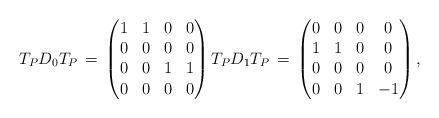
LaTeX: \begin{align*} T_{P} D_{0} T_{P} \, = \, \begin{pmatrix} 1 & 1 & 0 & 0 \\ 0 & 0 & 0 & 0\\ 0 & 0 & 1 & 1 \\ 0 & 0 & 0 & 0 \end{pmatrix} T_{P} D_{1} T_{P} \, = \, \begin{pmatrix} 0 & 0 & 0 & 0 \\ 1 & 1 & 0 & 0 \\ 0 & 0 & 0 & 0 \\ 0 & 0 & 1 & -1 \end{pmatrix} ,\end{align*}